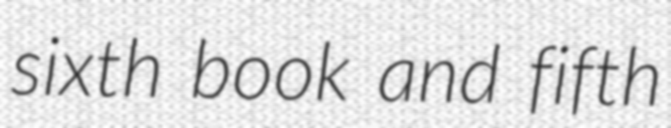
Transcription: sixth book and fifth